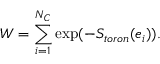
W = \sum _ { i = 1 } ^ { N _ { C } } \mathrm { e x p } ( - S _ { t o r o n } ( e _ { i } ) ) .